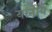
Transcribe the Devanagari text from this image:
यानीय